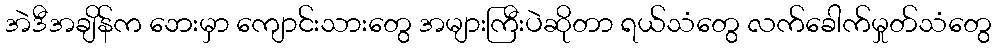
အဲဒီအချိန်က ဘေးမှာ ကျောင်းသားတွေ အများကြီးပဲဆိုတာ ရယ်သံတွေ လက်ခေါက်မှုတ်သံတွေ